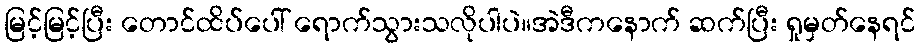
မြင့်မြင့်ပြီး တောင်ထိပ်ပေါ် ရောက်သွားသလိုပါပဲ။အဲဒီကနောက် ဆက်ပြီး ရှုမှတ်နေရင်